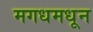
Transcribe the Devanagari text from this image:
मगधमधून